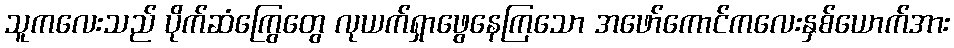
သူကလေးသည် ပိုက်ဆံကြွေတွေ လုယက်ရှာဖွေနေကြသော အဖော်ကောင်ကလေးနှစ်ယောက်အား